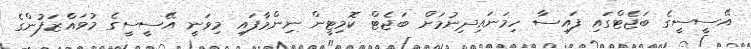
އޭސީސީގެ ބަޖެޓްގައި ފައިސާ ހިމަނައިދިނުމަށް ބަޖެޓް ކޮމިޓީން ނިންމާފައި މިވަނީ އޭސީސީގެ މުވައްޒަފުންގެ